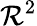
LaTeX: \mathcal{R}^{2}